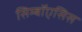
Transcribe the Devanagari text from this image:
सिम्बॉएसिस